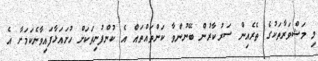
މި މަޝްވަރާތަކުގެ ތެރެއިން ސަރުކާރުން ބޭނުންވާ ކަންތައްތައް އެ ކުންފުނިތަކަށް ހުށައަޅާފައިވާނެކަމަށާ އެ